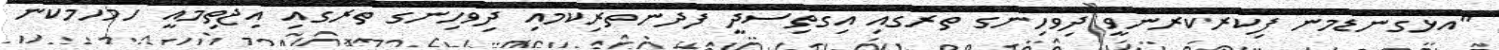
"އަޅުގަނޑުމެން ފިކުރުކުރަންވީ ދިވެހިންގެ ތެރޭގައި އިގުތިސާދީ ފުދުންތެރިކަމާއި ދިވެހިންގެ ތެރޭގައި އިޖުތިމާއީ ހަމަހަމަކަން